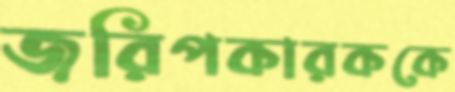
জরিপকারককে